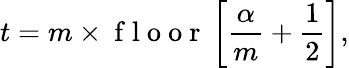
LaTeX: t=m\times\mathrm{~f~l~o~o~r~}\left[\frac{\alpha}{m}+\frac{1}{2}\right],